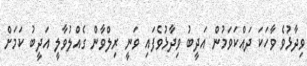
ވިދާޅުވެ ވާހަކަ ދައްކަވަމުން އަދީބު ވިދާޅުވެފައި ވަނީ ރިލްވާން ގެއްލުވާލީ އަދީބު ކަމަށް